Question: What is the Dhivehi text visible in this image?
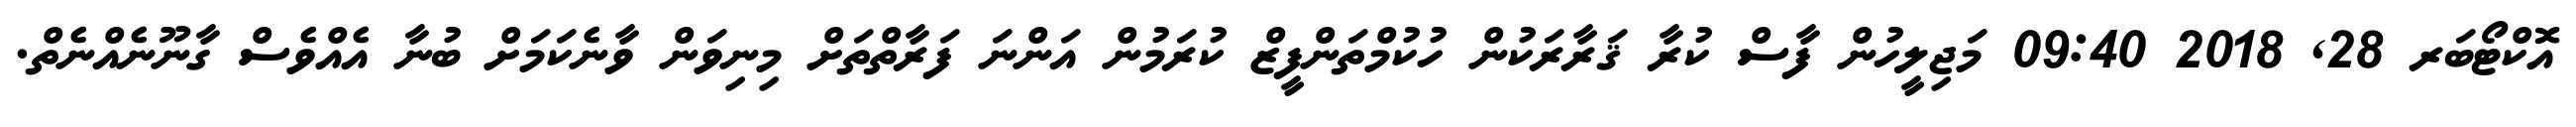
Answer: އޮކްޓޯބަރ 28, 2018 09:40 މަޖިލީހުން ފާސް ކުރާ ޤަރާރަކުން ހުކުމްތަންފީޒް ކުރަމުން އަންނަ ފަރާތްތަށް މިނިވަން ވާނެކަމަށް ބުނާ އެއްވެސް ގާނޫނެއްނެތް.